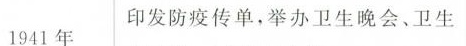
1941年 印发防疫传单，举办卫生晚会、卫生